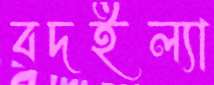
বদইল্যা